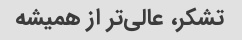
تشکر، عالی‌تر از همیشه